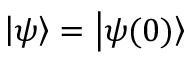
\left| \psi \right\rangle = \left| \psi ( 0 ) \right\rangle